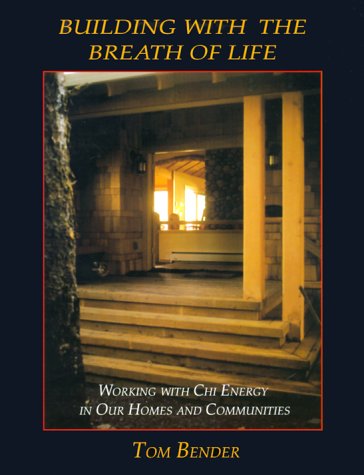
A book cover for Building with the Breath of Life: Working with Chi Energy in Our Homes and Communities; Tom Bender; Religion & Spirituality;